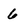
Character: 6